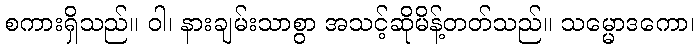
စကားရှိသည်။ ဝါ၊ နားချမ်းသာစွာ အသင့်ဆိုမိန့်တတ်သည်။ သမ္မောဒကော၊